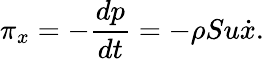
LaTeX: \pi_{x}=-\frac{dp}{dt}=-\rho Su\dot{x}.